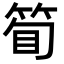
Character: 𬕇